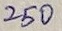
Text: 250